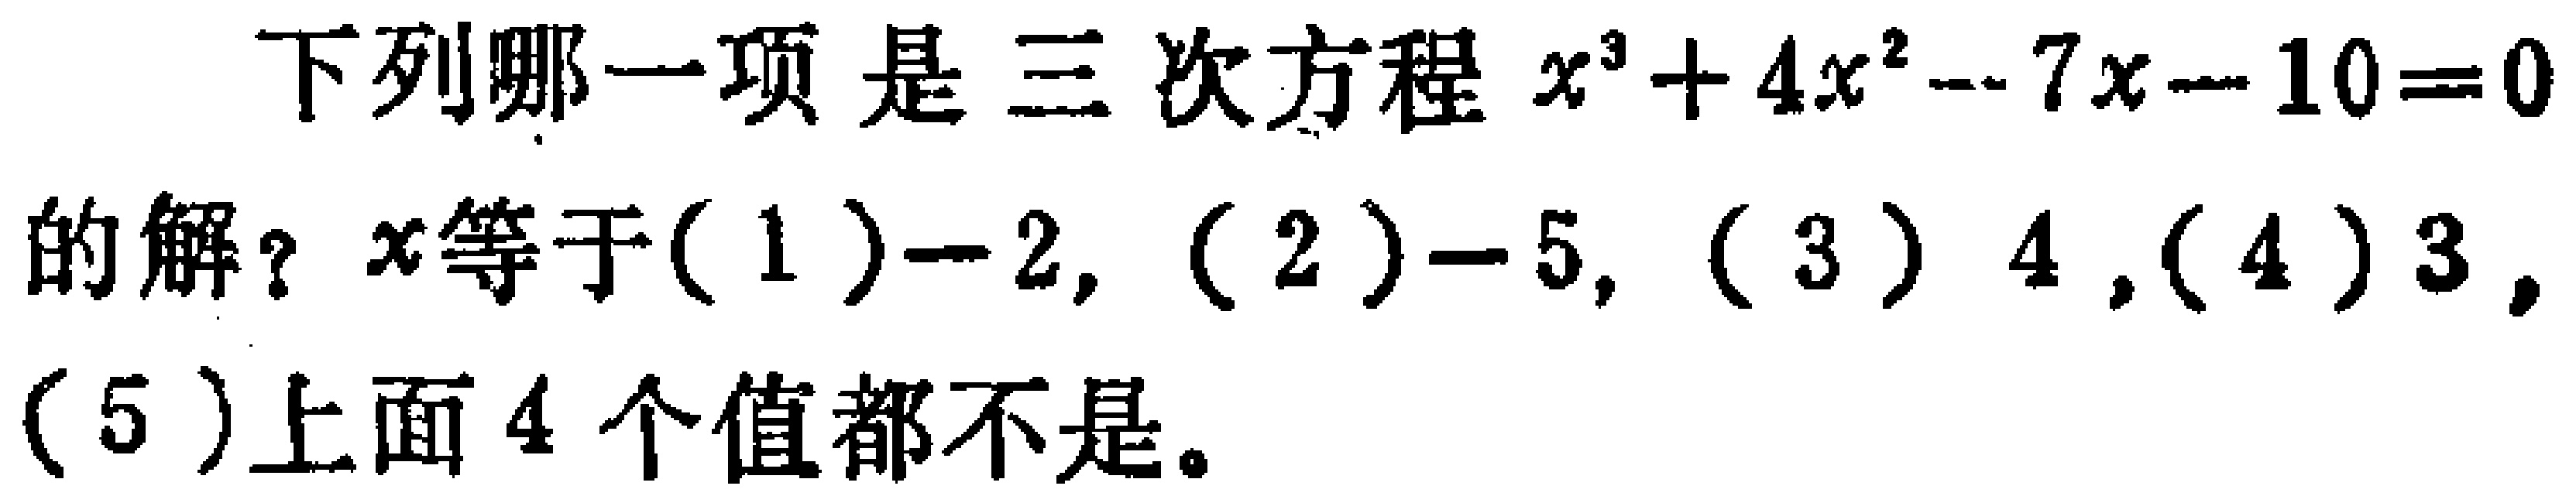
下列哪一项是三次方程$x^{3}+4x^{2}-7x - 10 = 0$的解？$x$等于(1)$-2$,(2)$-5$,(3)$4$,(4)$3$,(5)上面4个值都不是。